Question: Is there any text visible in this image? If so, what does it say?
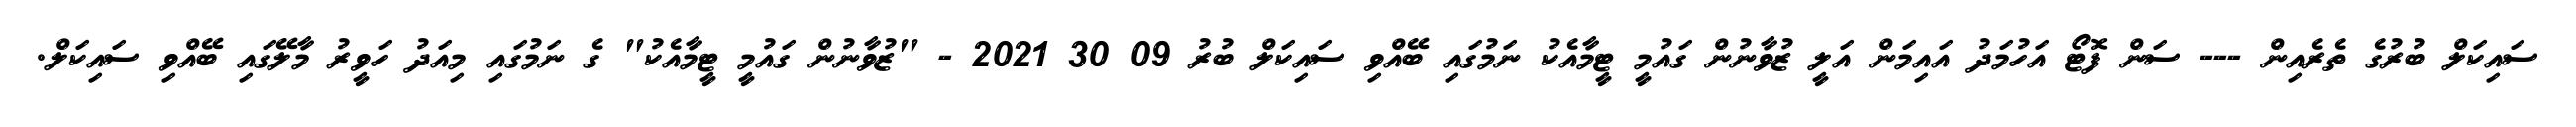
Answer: ސައިކަލް ބުރުގެ ތެރެއިން --- ސަން ފޮޓޯ އަހުމަދު އައިމަން އަލީ ޒުވާނުން ގައުމީ ޓީމާއެކު ނަމުގައި ބޭއްވި ސައިކަލް ބުރު 09 30 2021 - "ޒުވާނުން ގައުމީ ޓީމާއެކު" ގެ ނަމުގައި މިއަދު ހަވީރު މާލޭގައި ބޭއްވި ސައިކަލް.